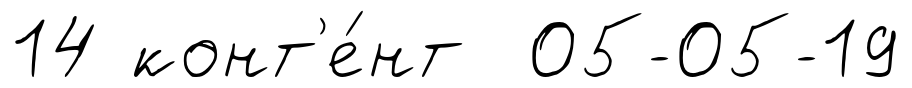
14 конт'е́нт 05-05-19